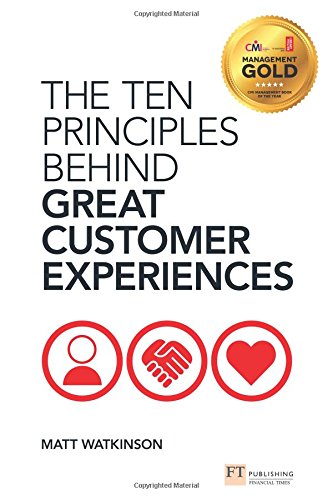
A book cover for The Ten Principles Behind Great Customer Experiences (Financial Times Series); Matt Watkinson; Business & Money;